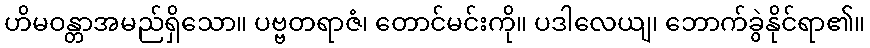
ဟိမဝန္တာအမည်ရှိသော။ ပဗ္ဗတရာဇံ၊ တောင်မင်းကို။ ပဒါလေယျ၊ ဘောက်ခွဲနိုင်ရာ၏။